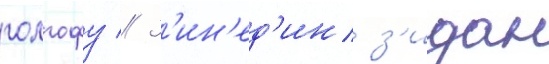
голгофу // З'ин'ед'ин з'идан